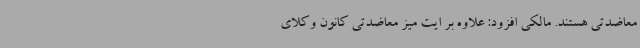
معاضدتی هستند. مالکی افزود: علاوه بر ایت میز معاضدتی کانون وکلای